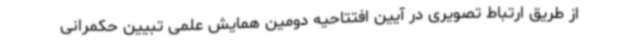
از طریق ارتباط تصویری در آیین افتتاحیه دومین همایش علمی تبیین حکمرانی